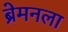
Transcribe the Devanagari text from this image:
ब्रेमनला